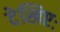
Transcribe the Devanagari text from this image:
देखिएः